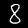
Digit: 8